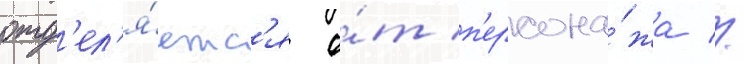
отд'ел'я́етс'я о́т п'ерсона́жа //